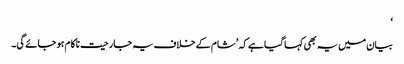
‘
بیان میں یہ بھی کہا گیا ہے کہ ’شام کے خلاف یہ جارحیت ناکام ہو جائے گی۔